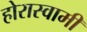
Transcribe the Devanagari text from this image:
होरास्वामीं